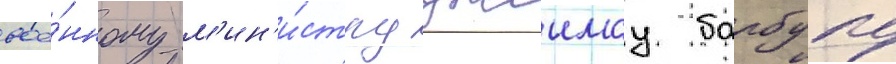
вое́нному м'ин'и́стру джеимсу барбуру